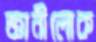
জ্ঞানীলোক